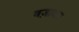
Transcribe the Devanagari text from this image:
बज़ावार